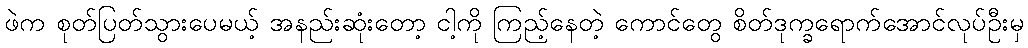
ဖဲက စုတ်ပြတ်သွားပေမယ့် အနည်းဆုံးတော့ ငါ့ကို ကြည့်နေတဲ့ ကောင်တွေ စိတ်ဒုက္ခရောက်အောင်လုပ်ဦးမှ